Lunatic asylums United Prov. 1922-30 - 1922-1930
Year: 1922
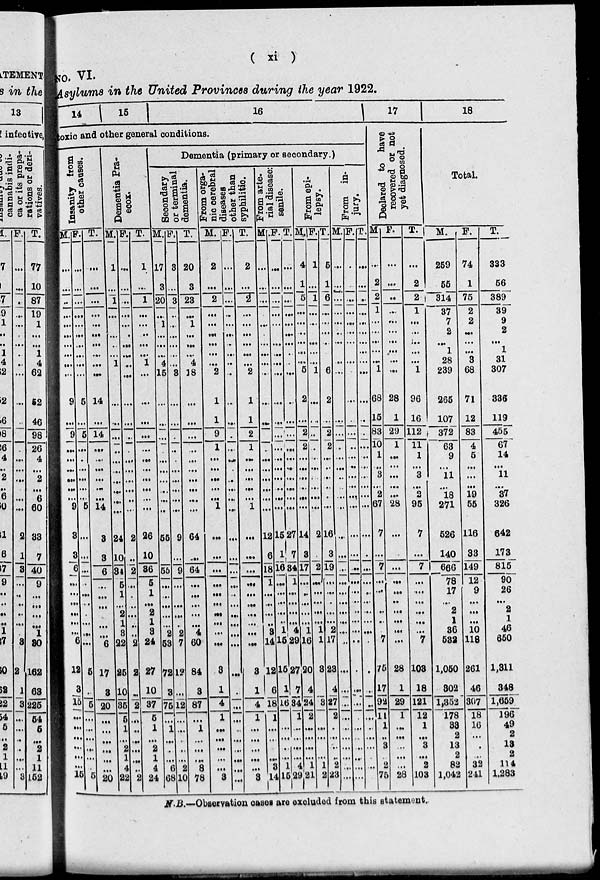
( xi )
NO. VI.
Asylums in the United Provinces during the year 1922.
14
15
16
toxic and other general conditions.
Insanity from
other causes.
M.
...
...
...
...
...
...
...
...
...
...
9
...
9
...
...
...
...
...
...
9
3
3
6
...
...
...
...
...
...
6
12
3
15
...
...
...
...
...
...
15
F.
...
...
...
...
...
...
...
...
...
...
5
...
5
...
...
...
...
...
...
5
...
...
...
...
...
...
...
...
...
...
5
...
5
...
...
...
...
...
...
2
T.
...
...
...
...
...
...
...
...
...
...
14
...
14
...
...
...
...
...
...
14
3
3
6
...
...
...
...
...
...
6
17
3
20
...
...
...
...
...
...
20
Dementia Pra-
ecox.
M.
1
...
1
...
...
...
...
...
1
...
...
...
...
...
...
...
...
...
...
...
24
10
34
5
1
...
2
1
3
22
25
10
35
5
1
...
2
1
4
22
F.
...
...
...
...
...
...
...
...
...
...
...
...
...
...
...
...
...
...
...
...
2
...
2
...
...
...
...
...
...
2
2
...
2
...
...
...
...
...
...
2
T.
1
...
1
...
...
...
...
...
1
...
...
...
...
...
...
...
...
...
...
...
26
10
36
5
1
...
2
1
3
24
27
10
37
5
1
...
2
1
4
24
Dementia (primary or seoondary.)
Secondary
or terminal
dementia.
M.
17
3
20
...
1
...
...
...
4
15
...
...
...
...
...
...
...
...
...
...
55
55
...
...
...
...
...
2
58
72
3
75
...
1
...
...
...
6
68
F.
3
...
3
...
...
...
...
...
...
2
...
...
...
...
...
...
...
...
...
...
9
...
9
...
...
...
...
...
2
7
12
...
12
...
...
...
...
...
2
10
T.
20
3
23
...
1
...
...
...
4
18
...
...
...
...
...
...
...
...
...
...
64
...
64
...
...
...
...
...
4
60
84
3
87
...
1
...
...
...
8
78
From orga-
nic cerebral
diseases
other than
syphilitic.
M.
2
...
2
...
...
...
...
...
...
2
1
1
9
1
...
...
...
...
...
1
...
...
...
...
...
...
...
...
...
...
3
1
4
1
...
...
...
...
...
3
F.
...
...
...
...
...
...
...
...
...
...
...
...
...
...
...
...
...
...
...
...
...
...
...
...
...
...
...
...
...
...
...
...
...
...
...
...
...
...
...
...
T.
2
...
2
...
...
...
...
...
...
2
1
1
2
1
...
...
...
...
...
1
...
...
...
...
...
...
...
...
...
...
3
1
4
1
...
...
...
...
...
3
From arte-
rial disease:
senile.
M.
...
...
...
...
...
...
...
...
...
...
...
...
...
...
...
...
...
...
...
...
12
6
18
1
...
...
...
...
8
14
12
6
18
1
...
...
...
...
3
14
F.
...
...
...
...
...
...
...
...
...
...
...
...
...
...
...
...
...
...
...
...
15
1
i 1
16
...
...
...
...
...
1
15
16
1 1
16
...
...
...
...
1
15
T.
...
...
...
...
...
...
...
...
...
...
...
...
...
...
...
...
...
...
...
...
27
7
84
1
...
...
...
...
*
29
27
7
84
1
...
...
...
...
4
29
From epi-
lepsy.
M.
4
1
5
...
...
...
...
...
...
5
2
...
2
2
...
...
...
...
...
...
14
3
17
...
...
...
...
...
1
16
20
4
24
2
...
...
...
...
1
21
F.
1
...
1
...
...
...
...
...
...
1
...
...
...
...
...
...
...
...
...
...
2
2
...
...
...
...
...
1
1
8
3
...
...
...
...
1
2
T.
5
1
6
...
...
...
...
...
...
6
2
...
2
2
...
...
...
...
...
...
16
3
19
...
...
...
...
...
2
17
28
4
27
2
...
...
...
...
2
23
From in-
jury.
M.
...
...
...
...
...
...
...
...
...
...
...
...
...
...
...
...
...
...
...
...
...
...
...
...
...
...
...
...
...
...
...
...
...
...
...
...
...
...
...
...
F.
...
...
...
...
...
...
...
...
...
...
...
...
...
...
...
...
...
...
...
...
...
...
...
...
...
...
...
...
...
...
...
...
...
...
...
...
...
...
...
...
T.
...
...
...
...
...
...
...
...
...
...
...
...
...
...
...
...
...
...
...
...
...
...
...
....
...
...
...
...
...
...
...
...
...
...
...
...
...
...
...
...
17
Declared to have
recovered or not
yet diagnosed.
M
...
2
2
1
...
...
...
...
...
1
68
15
83
10
1
...
3
...
2
67
7
...
7
...
...
...
...
...
...
7
75
17
92
11
1
..
3
2
75
F.
...
...
...
...
...
...
...
...
...
...
28
1
29
1
...
...
...
...
...
28
...
...
...
...
...
...
...
...
...
28
1
29
1
...
...
...
...
...
28
T.
...
2
2
1
...
...
...
...
...
1
96
16
112
11
1
...
3
...
2
95
7
...
7
...
...
...
...
...
...
7
103
18
121
12
1
...
3
...
2
103
18
Total.
M.
259
55
314
37
7
2
...
1
28
239
265
107
372
63
9
...
11
...
18
271
526
140
666
78
17
...
2
1
36
532
1,050
802
1,352
178
33
2
13
2
82
1,042
F.
74
1
75
2
2
...
...
...
3
68
71
12
83
4
5
...
...
...
19
55
116
33
149
12
9
...
...
...
10
118
261
46
307
18
16
...
...
...
32
241
T.
333
56
389
39
9
2
...
1
31
307
336
119
455
67
14
...
11
...
37
326
642
173
815
90
26
...
2
1
46
650
1,311
348
1,659
196
49
2
13
2
114
1,283
N.B.—Observation cases are excluded from this statement.